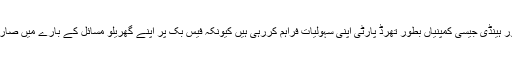
فی الحال اس سروس میں ہوم ایڈوائزر، پورش اور ہینڈی جیسی کمپنیاں بطور تھرڈ پارٹی اپنی سہولیات فراہم کررہی ہیں کیونکہ فیس بک پر اپنے گھریلو مسائل کے بارے میں صارفین رائے (ریکمنڈیشنز) طلب کرتے رہتے ہیں۔